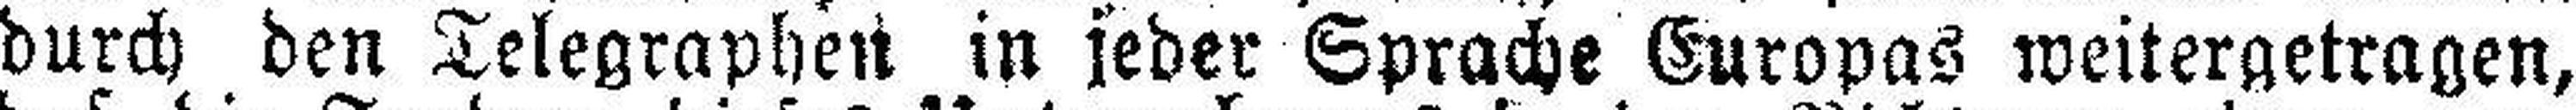
durch den Telegraphen in jeder Sprache Europas weitergetragen,